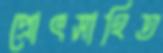
প্রোৎসাহিত